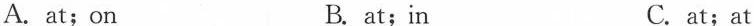
A. at;on B. at; in C.at;at